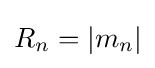
R_{n}=|m_{n}|